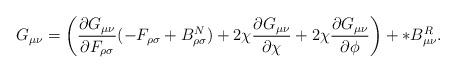
LaTeX: \begin{align*}G_{\mu\nu}= \left(\frac{\partial G_{\mu\nu}}{\partial F_{\rho\sigma}}(-F_{\rho\sigma}+B^N_{\rho\sigma})+2\chi\frac{\partial G_{\mu\nu}}{\partial\chi}+2\chi\frac{\partial G_{\mu\nu}}{\partial\phi}\right) + *B^{R}_{\mu\nu}.\end{align*}